Civil Veterinary Dept. Bombay admin report 1893-99 - 1893-1899
Year: 1893
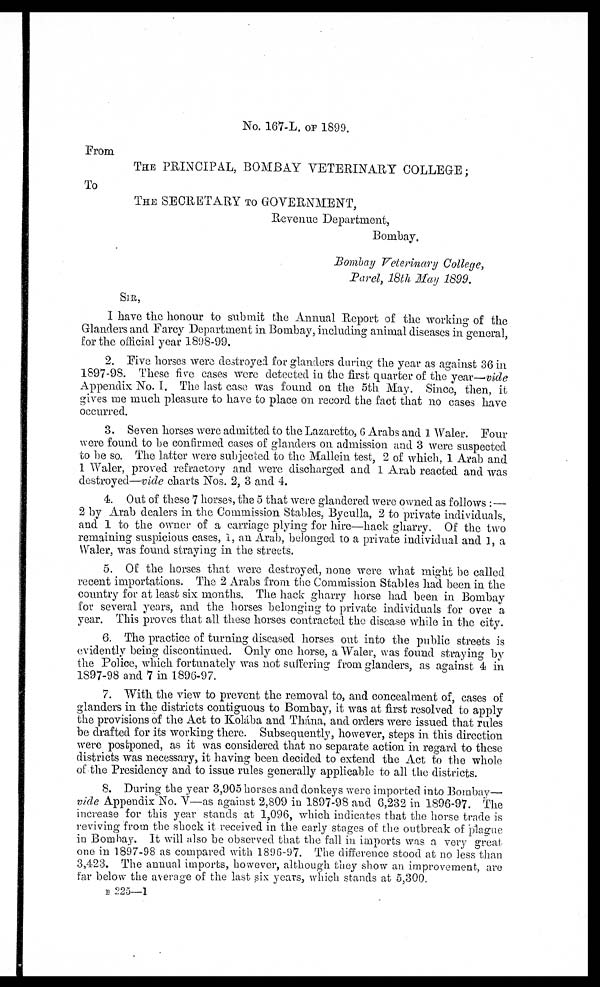
No. 167-L. OF 1899.
From
THE PRINCIPAL, BOMBAY VETERINARY COLLEGE;
To
THE SECRETARY TO GOVERNMENT,
Revenue Department,
Bombay.
Bombay Veterinary College,
Parel, 18th May 1899.
SIR,
I have the honour to submit the Annual Report of the working of the
Glanders and Farcy Department in Bombay, including animal diseases in general,
for the official year 1898-99.
2. Five horses were destroyed for glanders during the year as against 36 in
1897-98. These five cases were detected in the first quarter of the year—vide
Appendix No. I. The last case was found on the 5th May. Since, then, it
gives me much pleasure to have to place on record the fact that no cases have
occurred.
3. Seven horses were admitted to the Lazaretto, 6 Arabs and 1 Waler. Four
were found to be confirmed cases of glanders on admission and 3 were suspected
to be so. The latter were subjected to the Mallein test, 2 of which, 1 Arab and
1 Waler, proved refractory and were discharged and 1 Arab reacted and was
destroyed—vide charts Nos. 2, 3 and 4.
4. Out of these 7 horses, the 5 that were glandered were owned as follows:—
2 by Arab dealers in the Commission Stables, Byculla, 2 to private individuals,
and 1 to the owner of a carriage plying for hire—hack gharry. Of the two
remaining suspicious cases, 1, an Arab, belonged to a private individual and 1, a
Waler, was found straying in the streets.
5. Of the horses that were destroyed, none were what might be called
recent importations. The 2 Arabs from the Commission Stables had been in the
country for at least six months. The hack gharry horse had been in Bombay
for several years, and the horses belonging to private individuals for over a
year. This proves that all these horses contracted the disease while in the city.
6. The practice of turning diseased horses out into the public streets is
evidently being discontinued. Only one horse, a Waler, was found straying by
the Police, which fortunately was not suffering from glanders, as against 4 in
1897-98 and 7 in 1896-97.
7. With the view to prevent the removal to, and concealment of, cases of
glanders in the districts contiguous to Bombay, it was at first resolved to apply
the provisions of the Act to Kolába and Thána, and orders were issued that rules
be drafted for its working there. Subsequently, however, steps in this direction
were postponed, as it was considered that no separate action in regard to these
districts was necessary, it having been decided to extend the Act to the whole
of the Presidency and to issue rules generally applicable to all the districts.
8. During the year 3,905 horses and donkeys were imported into Bombay—
vide Appendix No. V—as against 2,809 in 1897-98 and 6,232 in 1896-97. The
increase for this year stands at 1,096, which indicates that the horse trade is
reviving from the shock it received in the early stages of the outbreak of plague
in Bombay. It will also be observed that the fall in imports was a very great
one in 1897-98 as compared with 1896-97. The difference stood at no less than
3,423. The annual imports, however, although they show an improvement, are
far below the average of the last six years, which stands at 5,300.
B 225—1